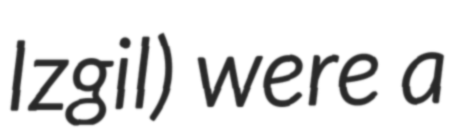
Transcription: Izgil) were a